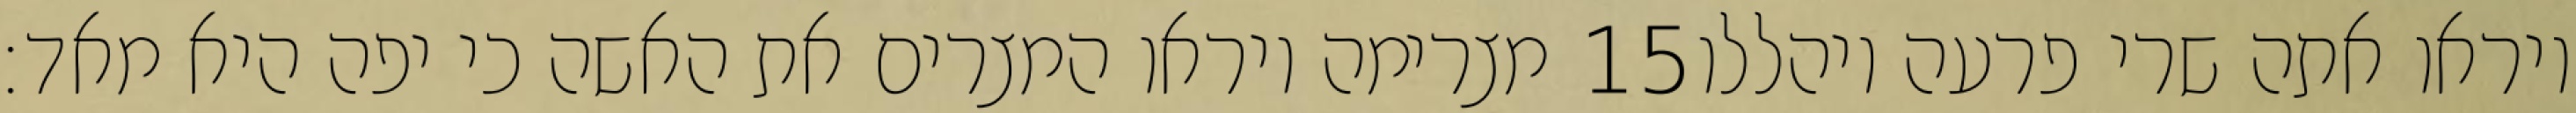
מצרימה ויראו המצרים את האשה כי יפה היא מאד׃ ‎15‏ ויראו אתה שרי פרעה ויהללו